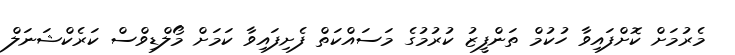
މެރުމަށް ކޮށްފައިވާ ހުކުމް ތަންފީޒު ކުރުމުގެ މަސައްކަތް ފެށިފައިވާ ކަމަށް މޯލްޑިވްސް ކަރެކްޝަނަލް